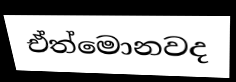
ඒත්මොනවද